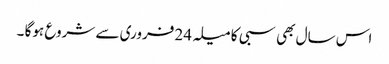
اس سال بھی سبی کا میلہ 24 فروری سے شروع ہوگا ۔